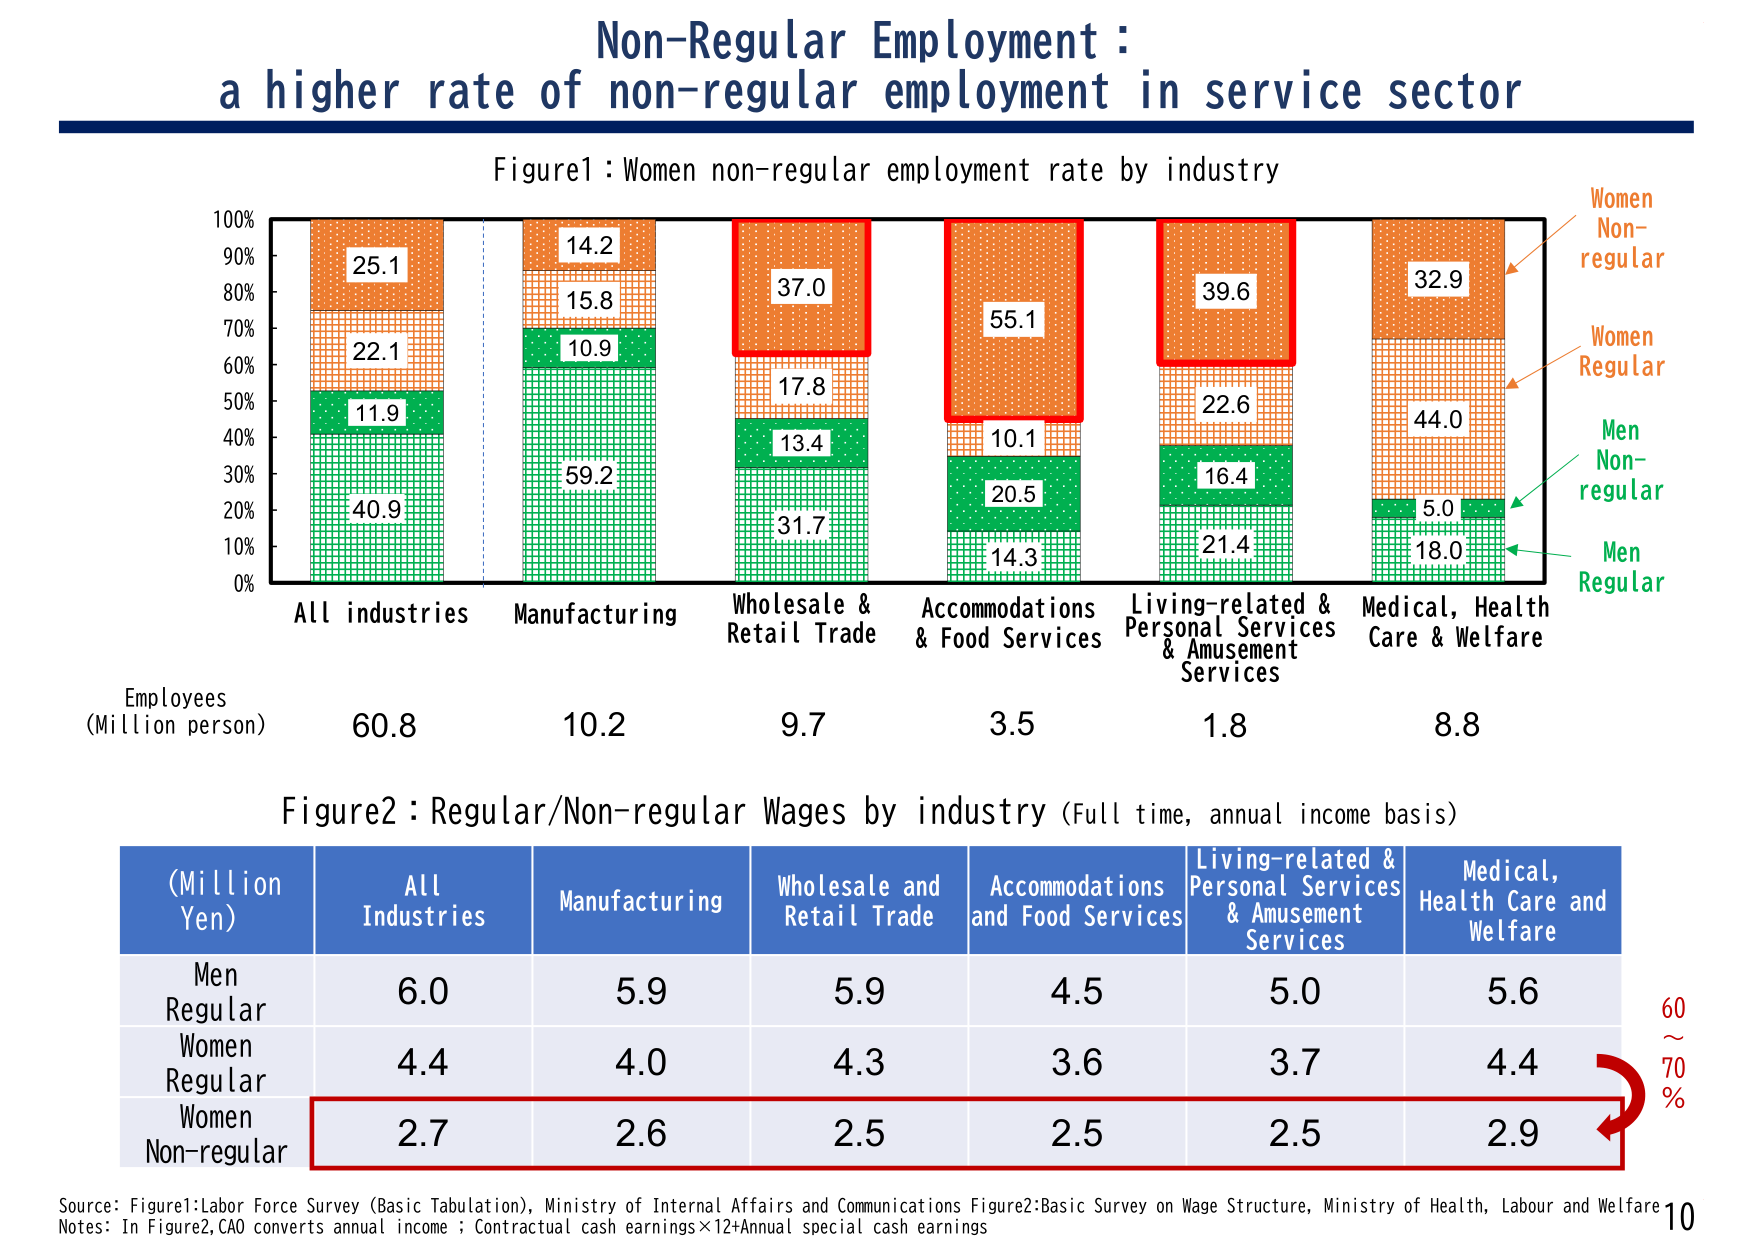
Non-Regular Employment :
a higher rate of non-regular employment in service sector

Figure1 : Women non-regular employment rate by industry

100%
90%
80%
70%
60%
50%
40%
30%
20%
10%
0%

All industries
Manufacturing
Wholesale & Retail Trade
Accommodations & Food Services
Living-related & Personal Services & Amusement Services
Medical, Health Care & Welfare

Employees
(Million person)
60.8
10.2
9.7
3.5
1.8
8.8

Women Non-regular
Women Regular
Men Non-regular
Men Regular

25.1
22.1
11.9
40.9

14.2
15.8
10.9
59.2

37.0
17.8
13.4
31.7

55.1
10.1
20.5
14.3

39.6
22.6
16.4
21.4

32.9
44.0
5.0
18.0

Figure2 : Regular/Non-regular Wages by industry (Full time, annual income basis)

(Million Yen)
ALL Industries
Manufacturing
Wholesale and Retail Trade
Accommodations and Food Services
Living-related & Personal Services & Amusement Services
Medical, Health Care and Welfare

Men Regular
6.0
5.9
5.9
4.5
5.0
5.6

Women Regular
4.4
4.0
4.3
3.6
3.7
4.4

Women Non-regular
2.7
2.6
2.5
2.5
2.5
2.9

60 ~ 70 %

Source : Figure1:Labor Force Survey (Basic Tabulation), Ministry of Internal Affairs and Communications Figure2:Basic Survey on Wage Structure, Ministry of Health, Labour and Welfare
Notes : In Figure2, CAO converts annual income ; Contractual cash earnings×12+Annual special cash earnings
10